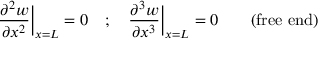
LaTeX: { \frac { \partial ^ { 2 } w } { \partial x ^ { 2 } } } { \bigg | } _ { x = L } = 0 \quad ; \quad { \frac { \partial ^ { 3 } w } { \partial x ^ { 3 } } } { \bigg | } _ { x = L } = 0 \qquad { \mathrm { ( f r e e ~ e n d ) } }